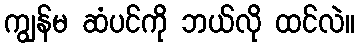
ကျွန်မ ဆံပင်ကို ဘယ်လို ထင်လဲ။